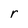
Character: r